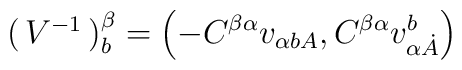
\pmatrix{V^{-{ 1}}}^{{\beta }}_{{b}}= \left(-C^{{\beta }{\alpha}} v_{{\alpha }{ {b}A}}, C^{{\beta }{\alpha }}v^{{b}}_{{\alpha }{\dot A}} \right)